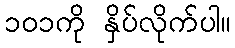
၁၀၁ကို နှိပ်လိုက်ပါ။